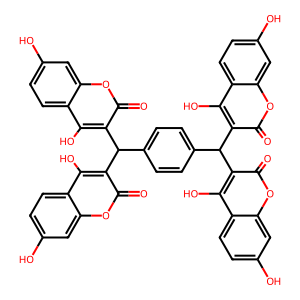
SMILES: O=c1oc2cc(O)ccc2c(O)c1C(c1ccc(C(c2c(O)c3ccc(O)cc3oc2=O)c2c(O)c3ccc(O)cc3oc2=O)cc1)c1c(O)c2ccc(O)cc2oc1=O
Inhibits HIV replication: No